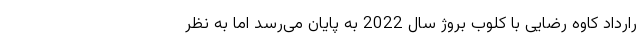
رارداد کاوه رضایی با کلوب بروژ سال 2022 به پایان می‌رسد اما به نظر